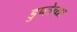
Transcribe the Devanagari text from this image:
डुप्लेच्या